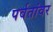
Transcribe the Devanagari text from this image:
पर्वतांवर